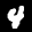
Label: 4